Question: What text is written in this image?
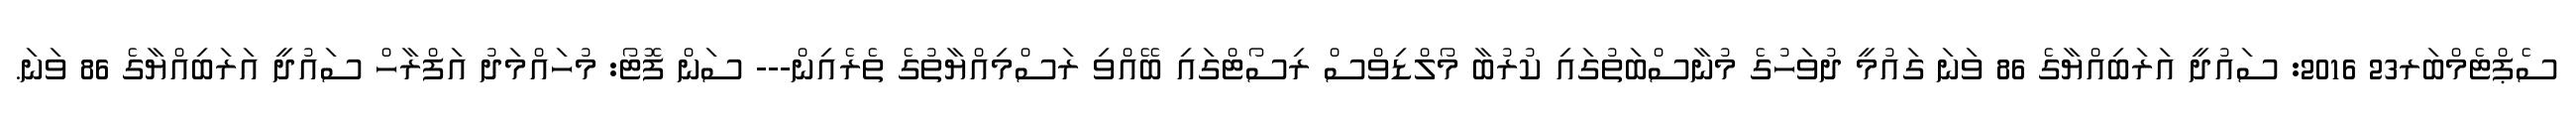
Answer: ސެޕްޓެމްބަރ23 2016: ސައުދީ އަރަބިއްޔާގެ 86 ވަނަ ގައުމީ ދުވަހުގެ މުނާސްބަތުގައި ކުރުބާ މޯލްޑިވްސް ރިސޯޓްގައި ބޭއްވި ރަސްމިއްޔާތުގެ ތެރެއިން--- ސަން ފޮޓޯ: މުހައްމަދު އަފްރާހް ސައުދީ އަރަބިއްޔާގެ 86 ވަނަ.